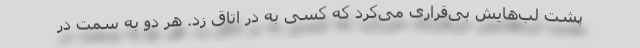
پشت لب‌هایش بی‌قراری می‌کرد که کسی به در اتاق زد. هر دو به سمت در